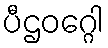
ပီဌဝဂ္ဂေါ